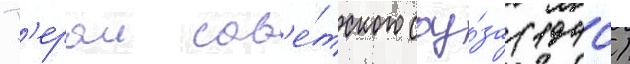
Г'ерои сов'е́тского соу́за (1940)